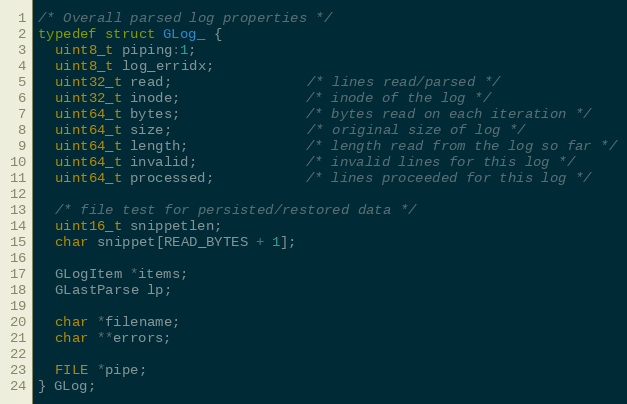
Language: C
/* Overall parsed log properties */
typedef struct GLog_ {
  uint8_t piping:1;
  uint8_t log_erridx;
  uint32_t read;                /* lines read/parsed */
  uint32_t inode;               /* inode of the log */
  uint64_t bytes;               /* bytes read on each iteration */
  uint64_t size;                /* original size of log */
  uint64_t length;              /* length read from the log so far */
  uint64_t invalid;             /* invalid lines for this log */
  uint64_t processed;           /* lines proceeded for this log */

  /* file test for persisted/restored data */
  uint16_t snippetlen;
  char snippet[READ_BYTES + 1];

  GLogItem *items;
  GLastParse lp;

  char *filename;
  char **errors;

  FILE *pipe;
} GLog;